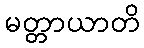
မတ္တာယာတိ